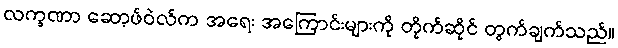
လက္ခဏာ ဆော့ဖ်ဝဲလ်က အရေး အကြောင်းများကို တိုက်ဆိုင် တွက်ချက်သည်။